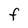
Character: f